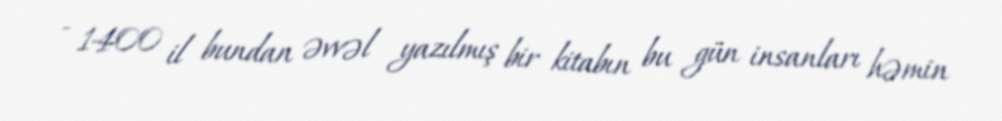
- 1400 il bundan əvvəl yazılmış bir kitabın bu gün insanları həmin